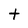
Character: t